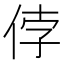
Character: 侼